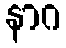
နာဂ